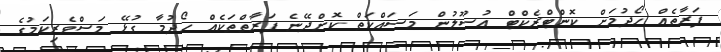
ފަރާތެއް ހޯދުމަށް ކޮންޓްރެކްޓް އުސޫލުން މަސައްކަތް ކޮށްދޭނެ ފަރާތްތަކެއް ހޯދުމާ ގުޅޭ މަސްވެރިކަމުގެ